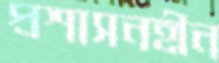
প্রশাসনহীন